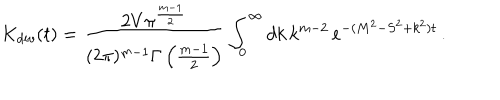
K _ { d i v } ( t ) = \frac { 2 V \pi ^ { \frac { m - 1 } { 2 } } } { ( 2 \pi ) ^ { m - 1 } \Gamma \left( \frac { m - 1 } { 2 } \right) } \int _ { 0 } ^ { \infty } d k \, k ^ { m - 2 } \, e ^ { - ( M ^ { 2 } - S ^ { 2 } + k ^ { 2 } ) t } \, .